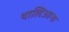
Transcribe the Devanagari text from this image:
थालिआना